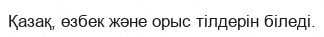
Қазақ, өзбек және орыс тілдерін біледі.